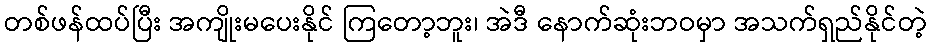
တစ်ဖန်ထပ်ပြီး အကျိုးမပေးနိုင် ကြတော့ဘူး၊ အဲဒီ နောက်ဆုံးဘဝမှာ အသက်ရှည်နိုင်တဲ့